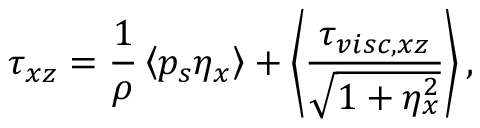
\tau _ { x z } = \frac { 1 } { \rho } \left\langle p _ { s } \eta _ { x } \right\rangle + \left\langle \frac { \tau _ { v i s c , x z } } { \sqrt { 1 + \eta _ { x } ^ { 2 } } } \right\rangle ,